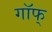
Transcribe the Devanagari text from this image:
गॉफ्